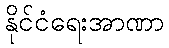
နိုင်ငံရေးအာဏာ